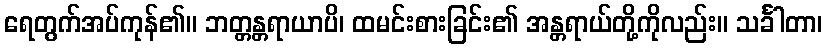
ရေတွက်အပ်ကုန်၏။ ဘတ္တန္တရာယာပိ၊ ထမင်းစားခြင်း၏ အန္တရာယ်တို့ကိုလည်း။ သင်္ခါတာ၊